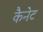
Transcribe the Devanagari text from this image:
कैनेट